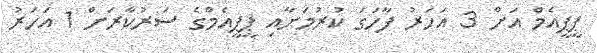
ޕީޕީއެމް އަށް 3 އަހަރު ފާހަގަ ކުރުމަށާއި ޕީޕީއެމްގެ ސަރުކާރަށް 1 އަހަރު